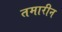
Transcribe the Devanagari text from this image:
तमारीन